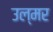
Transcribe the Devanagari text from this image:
उल्मर